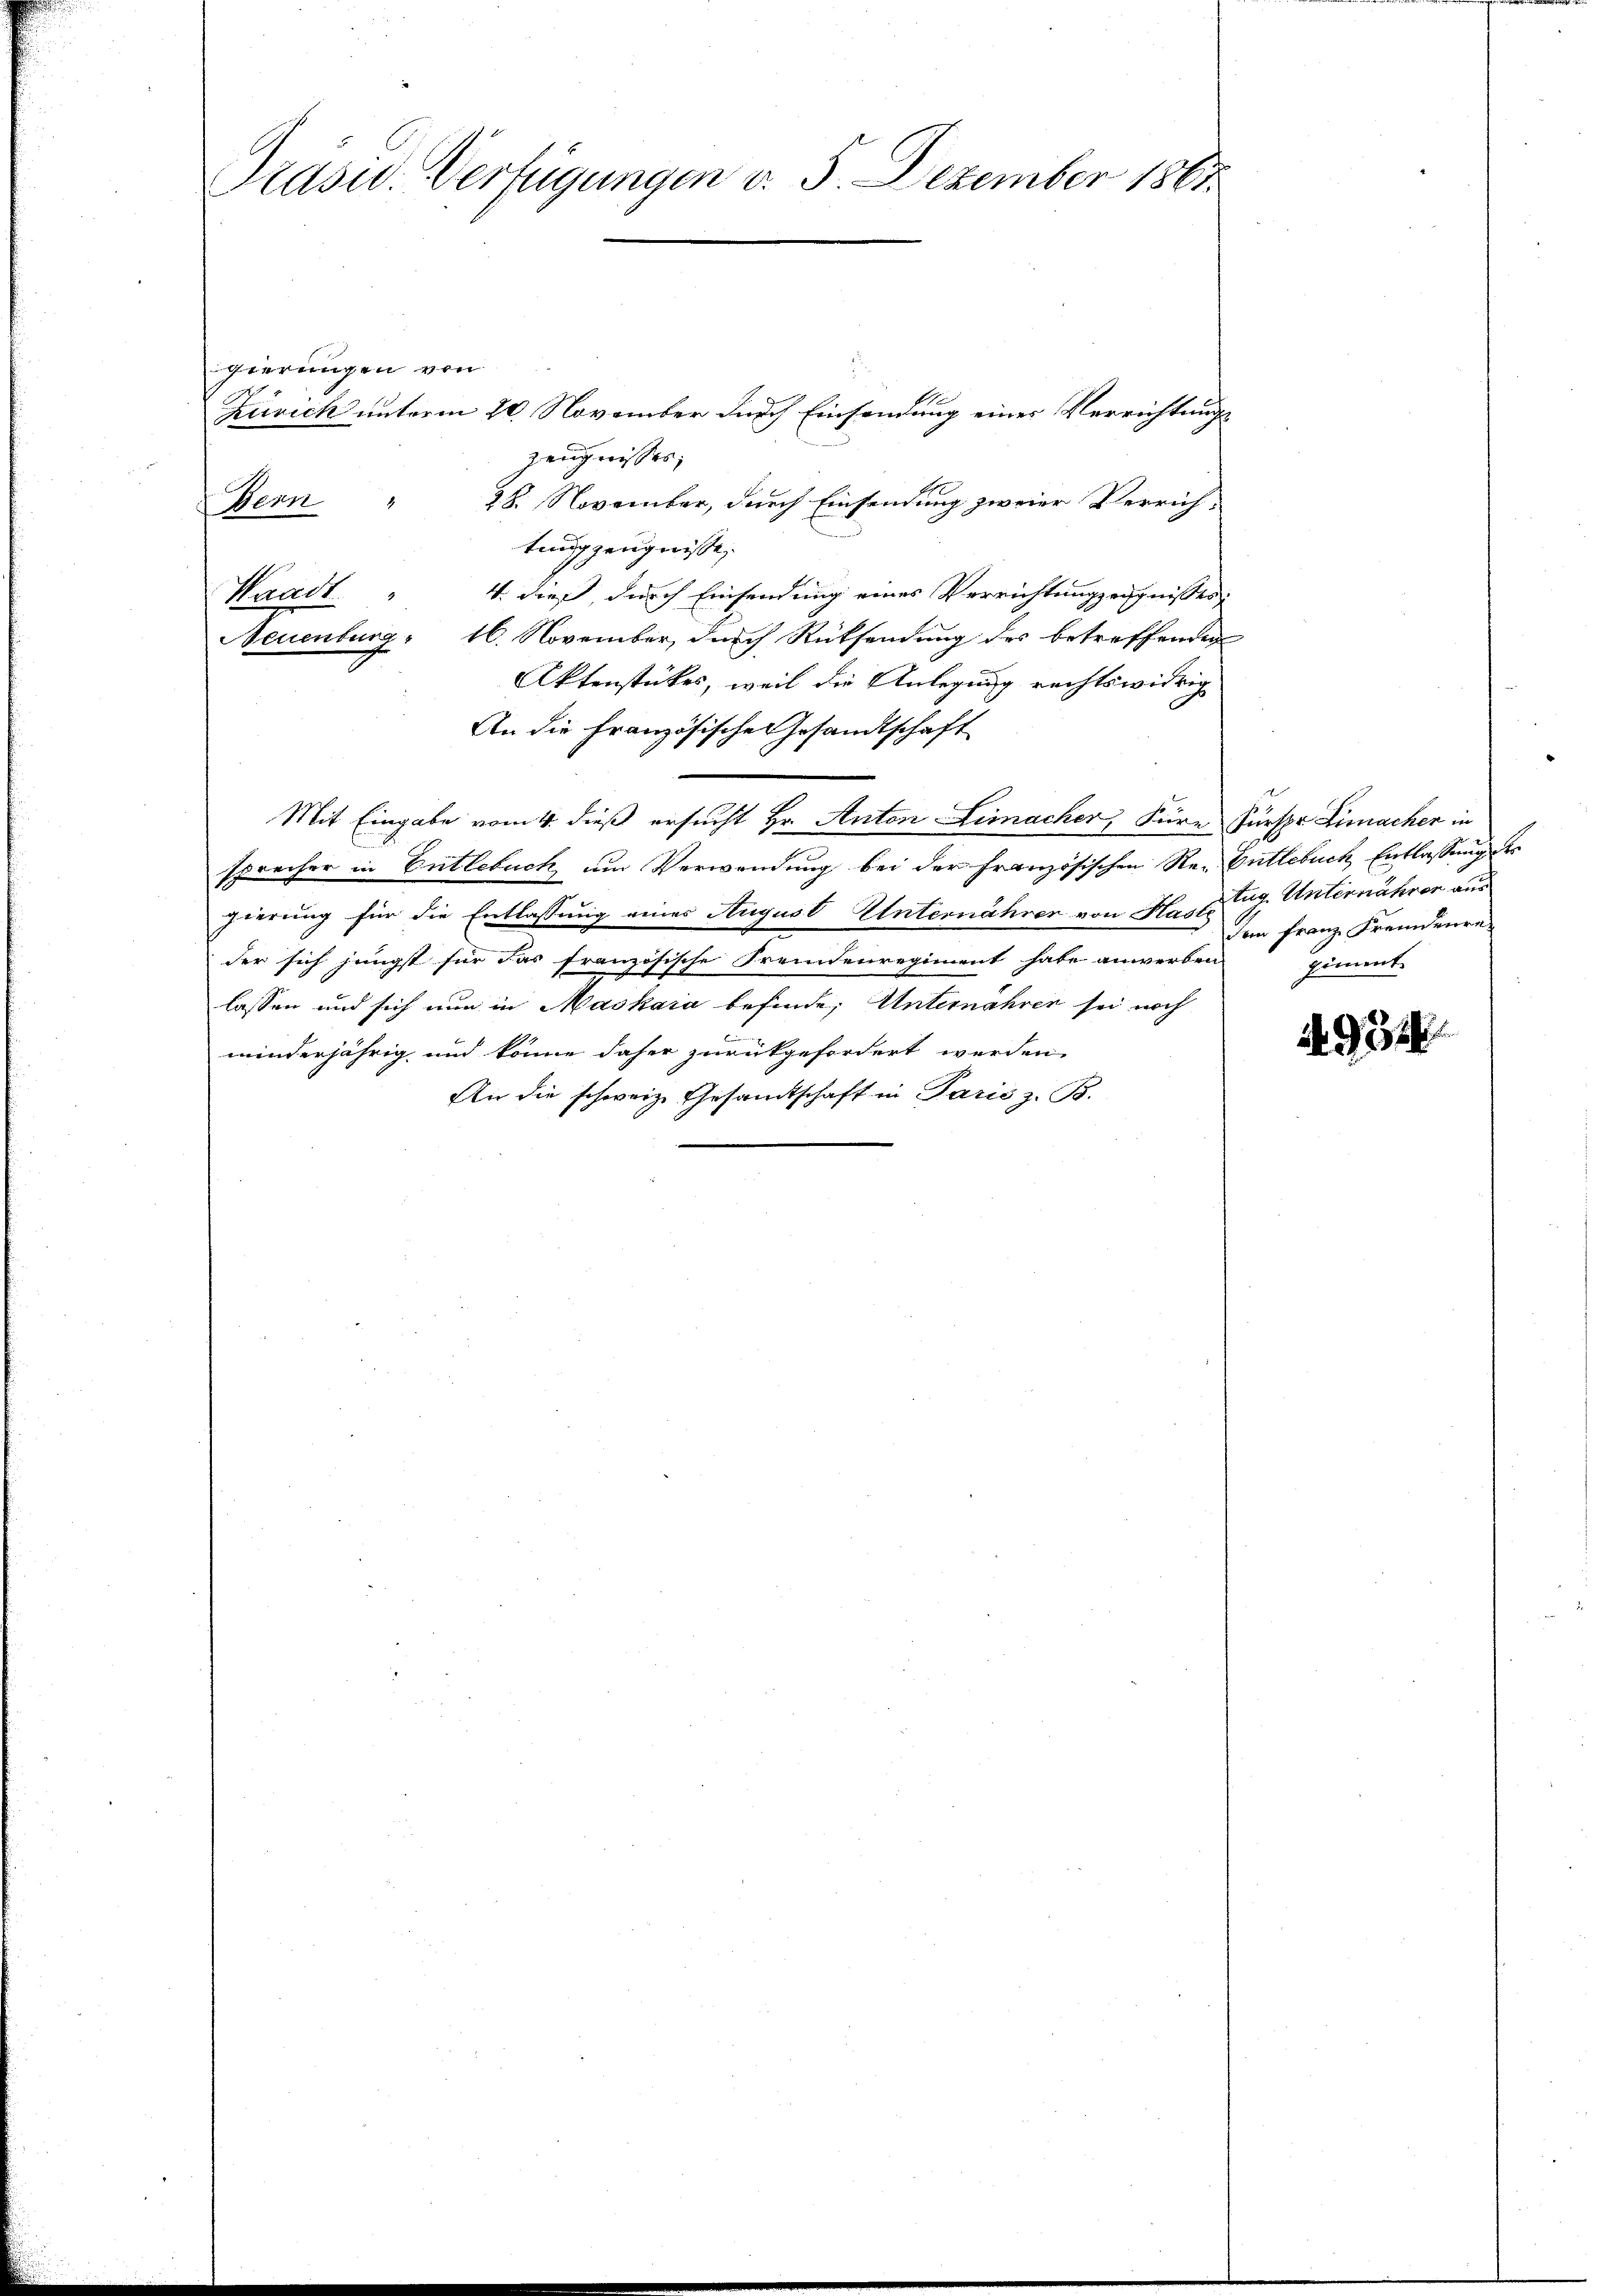
Präsid. Verfügungen v. 5. Dezember 1861.

gierungen von
Zuvich unterm 20. November durch Einsendung einer Verrichtungs¬
Zeugnisses;
4
28. November, durch Einsendung zweier Verrich¬
Bern
tung zeugnisse.
4. dieß durch Einsendung eines Verrichtungszeugnisses
Waadt
Neuenburg 16. November, durch Rücksendung des betreffenden
Aktenstückes, weil die Anlegung rechtswidrig
An die Französische Gesandtschaft
Mit Eingabe vom 4. dieß ersucht Hr. Anton Limacher, Füre Fürspr Limachen in
sprecher in Entlebuch um Verwendung bei der Französischen Re- Entlebuch, Entlassung des
gierung für die Entlassung eines August Unternährer von Hast Eug. Unternährer aus
der sich jüngst für das französische Fremdenregiment habe anwerden Zimmt
lassen und sich nun in Maskaia befinde, Unternähren sei noch
minderjährig und könne daher zurückgefordert werden.
An die schweiz. Gesamtschaft in Paris z. B.

dem Franz Fremdenre

984